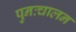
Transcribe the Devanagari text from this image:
पुनःचालन